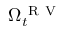
\Omega _ { t } ^ { \mathrm { ~ R ~ V ~ } }